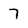
Character: 7